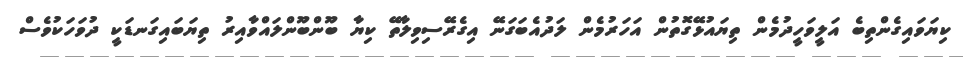
ކިޔަވައިގެންތިބެ އަލީވަހީދުމެން ތިޔައުޅޭގޮތުން އަހަރުމެން ލަދުއެބަގަނޭ އިގެރޭސިވިލާތޭ ކިޔާ ބޫންބޫންލައްވާއިރު ތިޔަބައިގަނޑަކީ ދުވަހަކުވެސް